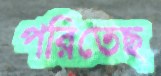
পরিতেছ